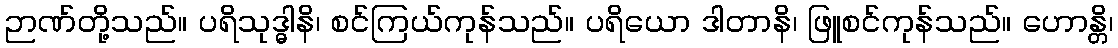
ဉာဏ်တို့သည်။ ပရိသုဒ္ဓါနိ၊ စင်ကြယ်ကုန်သည်။ ပရိယော ဒါတာနိ၊ ဖြူစင်ကုန်သည်။ ဟောန္တိ၊